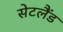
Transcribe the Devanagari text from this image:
सेटलैंड